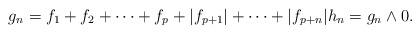
LaTeX: \begin{align*}g_n=f_1 + f_2+ \cdots + f_p + |f_{p+1}| + \cdots + |f_{p+n}| h_n=g_n\wedge 0. \end{align*}